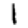
Digit: 1